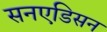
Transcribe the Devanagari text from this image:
सनएडिसन